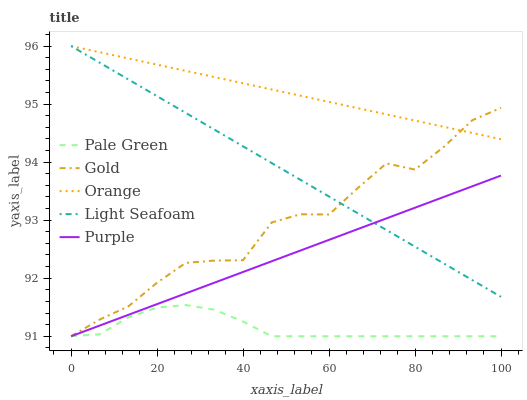
| xaxis_label | Pale Green | Gold | Orange | Light Seafoam | Purple |
 | --- | --- | --- | --- | --- | --- |
 | 0 | 91 | 91 | 96 | 96 | 91 |
 | 6.67 | 91 | 91.3 | 95.9 | 95.7 | 91.2 |
 | 13.3 | 91.3 | 91.5 | 95.8 | 95.4 | 91.4 |
 | 20 | 91.5 | 91.9 | 95.7 | 95.1 | 91.6 |
 | 26.7 | 91.5 | 92.3 | 95.6 | 94.8 | 91.7 |
 | 33.3 | 91.5 | 92.3 | 95.5 | 94.6 | 91.9 |
 | 40 | 91.3 | 92.3 | 95.4 | 94.3 | 92.1 |
 | 46.7 | 91 | 93 | 95.3 | 94 | 92.3 |
 | 53.3 | 91 | 93.1 | 95.1 | 93.7 | 92.5 |
 | 60 | 91 | 93.1 | 95 | 93.4 | 92.7 |
 | 66.7 | 91 | 93.6 | 94.9 | 93.1 | 92.8 |
 | 73.3 | 91 | 94 | 94.8 | 92.8 | 93 |
 | 80 | 91 | 93.9 | 94.7 | 92.5 | 93.2 |
 | 86.7 | 91 | 94.3 | 94.6 | 92.3 | 93.4 |
 | 93.3 | 91 | 94.7 | 94.5 | 92 | 93.6 |
 | 100 | 91 | 94.9 | 94.4 | 91.7 | 93.8 |